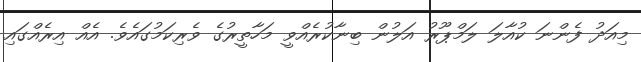
މިއަދު ފެންނަ ކުއާލަ ލަމްޕޫރު އަލުން ބިނާކުރެއްވީ މަހާތީރުގެ ވެރިކަމުގައެވެ. އެއް އިރެއްގައި